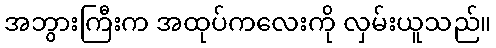
အဘွားကြီးက အထုပ်ကလေးကို လှမ်းယူသည်။